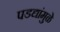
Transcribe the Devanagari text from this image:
पडद्यांमुळे